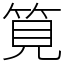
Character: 筧